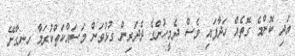
އަދި ކޮންމެ ގޮތެއް ހަދާފައި ވެސް ދެމީހުންގެ ދެދަރިން ގުޅުވަން މަސައްކަތްކުރަމާ ހިނގާށޭ